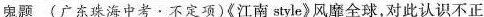
鬼题(广东珠海中考·不定项)《江南style》风靡全球，对此认识不正